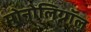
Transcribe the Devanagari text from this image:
मोनोलिग्नॉल